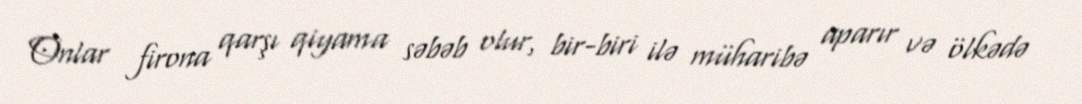
Onlar firona qarşı qiyama səbəb olur, bir-biri ilə müharibə aparır və ölkədə